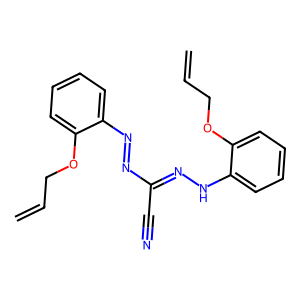
SMILES: C=CCOc1ccccc1N=NC(C#N)=NNc1ccccc1OCC=C
Inhibits HIV replication: No